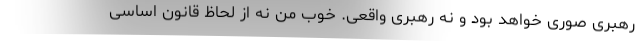
رهبری صوری خواهد بود و نه رهبری واقعی. خوب من نه از لحاظ قانون اساسی